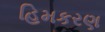
હિમકરણ